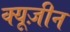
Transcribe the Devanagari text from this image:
क्यूज़ीन